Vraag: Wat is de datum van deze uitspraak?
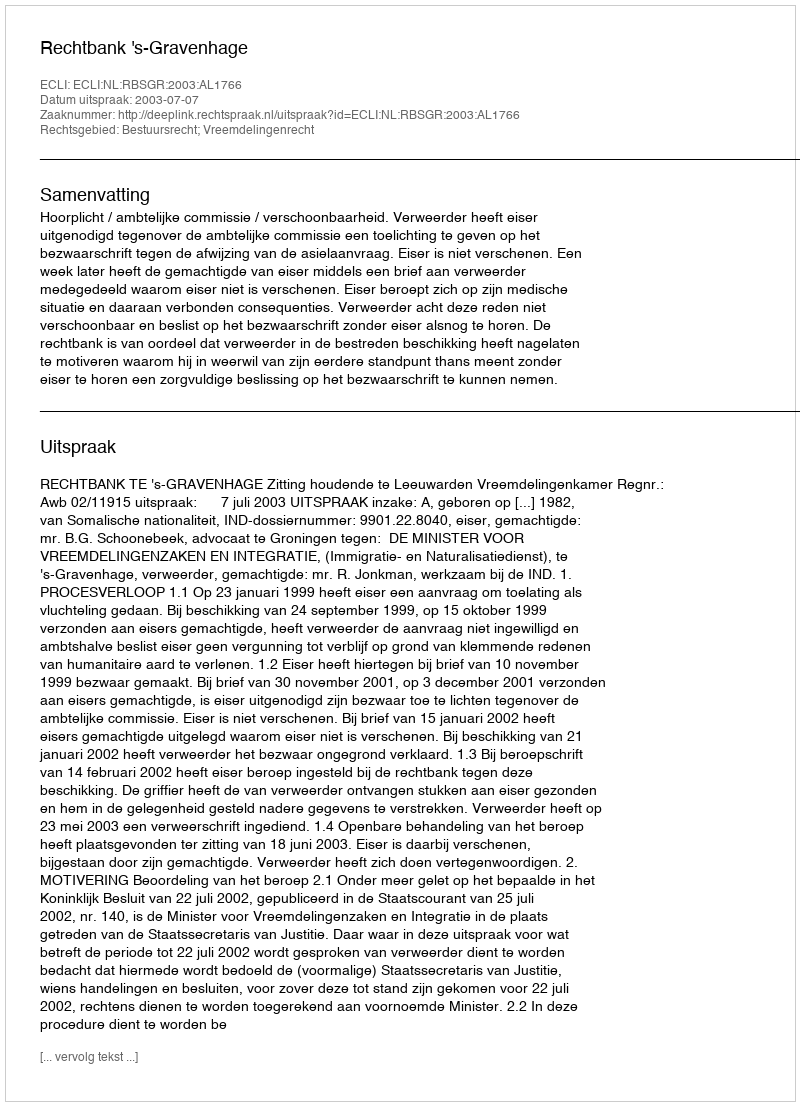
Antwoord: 2003-07-07